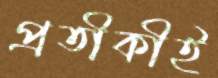
প্রতীকীই